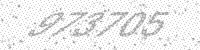
Solution: 973705